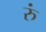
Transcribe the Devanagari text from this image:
रुं